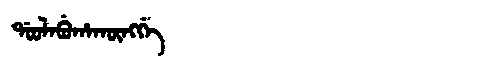
Manchu: ᡩᠣᠣᠯᠠᠪᡠᡥᠠᡴᡡᠩᡤᡝ
Romanization: DOOLABUHAKŪNGGE